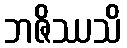
ဘဇိဿသိ